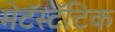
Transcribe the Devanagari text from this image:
मेटॅस्टॅटिक